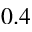
0 . 4